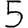
Digit: 5